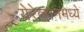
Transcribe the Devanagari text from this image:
येरेव्हानमध्ये